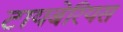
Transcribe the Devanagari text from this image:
टायबेरियस